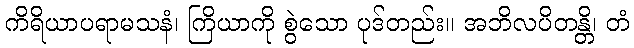
ကိရိယာပရာမသနံ၊ ကြိယာကို စွဲသော ပုဒ်တည်း။ အဘိလပိတန္တိ၊ တံ